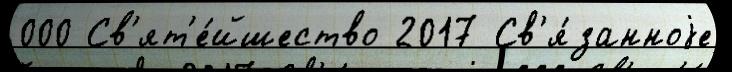
000 Св'ят'е́йшество 2017 Св'я́занноjе